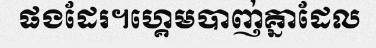
ផងដែរ។ហ្គេមបាញ់គ្នាដែល